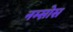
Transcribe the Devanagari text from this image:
नम्सोस